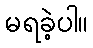
မရခဲ့ပါ။